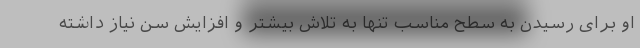
او برای رسیدن به سطح مناسب تنها به تلاش بیشتر و افزایش سن نیاز داشته